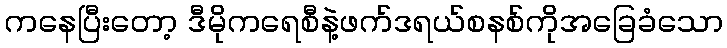
ကနေပြီးတော့ ဒီမိုကရေစီနဲ့ဖက်ဒရယ်စနစ်ကိုအခြေခံသော